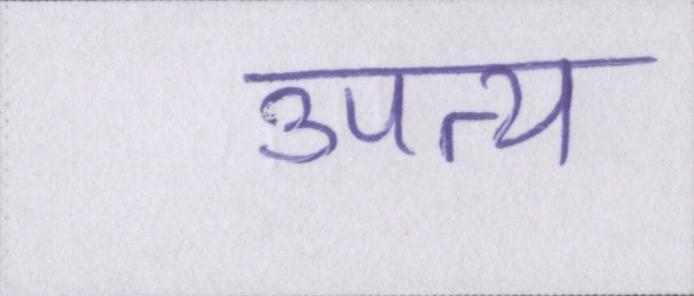
उपत्य